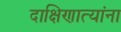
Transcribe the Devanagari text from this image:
दाक्षिणात्यांना